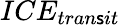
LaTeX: ICE_{tran\mathsf{s}it}